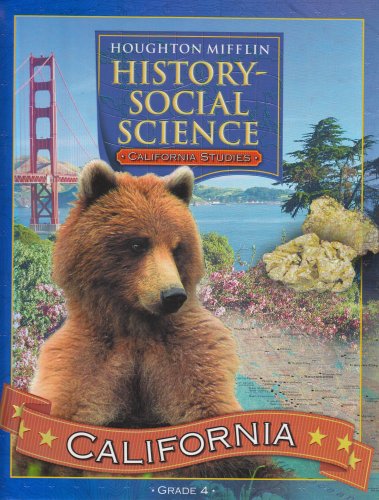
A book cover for California Studies: History-Social Science, Grade 4; Herman Viola et al.; Children's Books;